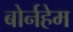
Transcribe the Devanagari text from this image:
बोर्नहेम